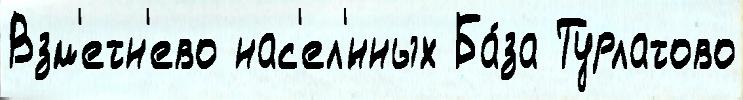
Взм'етн'ево нас'ел'́нных Ба́за Турлатово